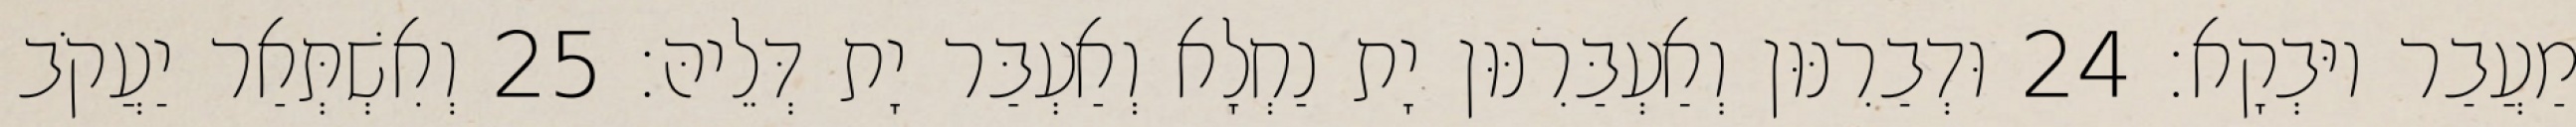
מַעֲבַר יוּבְקָא׃ 24 וּדְבַרִנּוּן וְאַעְבַּרִנּוּן יָת נַחְלָא וְאַעְבַּר יָת דְּלֵיהּ׃ 25 וְאִשְׁתְּאַר יַעֲקֹב